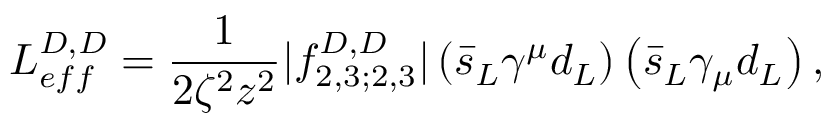
L _ { e f f } ^ { D , D } = \frac { 1 } { 2 \zeta ^ { 2 } z ^ { 2 } } | f _ { 2 , 3 ; 2 , 3 } ^ { D , D } | \left( \bar { s } _ { L } \gamma ^ { \mu } d _ { L } \right) \left( \bar { s } _ { L } \gamma _ { \mu } d _ { L } \right) ,